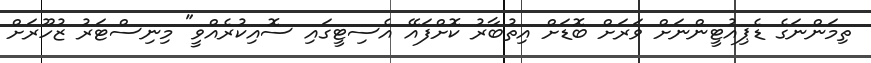
ތިމަންނަގެ ޑެޕިއުޓީންނަށް ވަރަށް ބޮޑަށް އިތުބާރު ކޮށްފައޭ އެސިޓީގައި ސޮއިކުރެއްވީ" މިނިސްޓަރު ޒުހޫރަށް